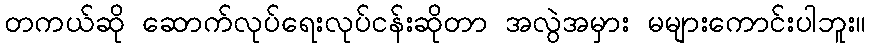
တကယ်ဆို ဆောက်လုပ်ရေးလုပ်ငန်းဆိုတာ အလွဲအမှား မများကောင်းပါဘူး။